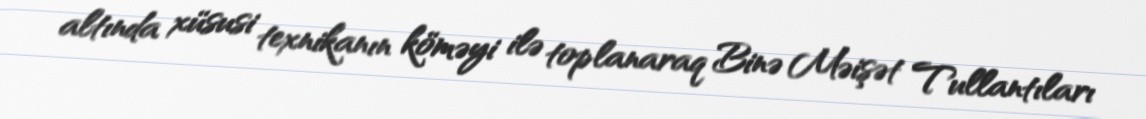
altında xüsusi texnikanın köməyi ilə toplanaraq Binə Məişət Tullantıları